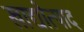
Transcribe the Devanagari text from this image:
खाद्योत्पाद